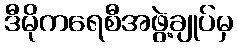
ဒီမိုကရေစီအဖွဲ့ချုပ်မှ